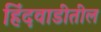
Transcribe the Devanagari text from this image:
हिंदवाडीतील